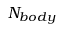
N _ { b o d y }